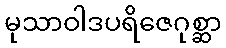
မုသာဝါဒပရိဇေဂုစ္ဆာ